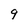
Character: 9